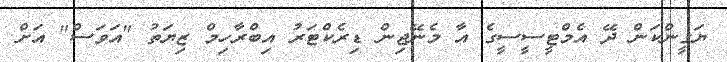
ޔަގީންކަން ދޭ އެމްޓީސީސީގެ އާ މެނޭޖިން ޑިރެކްޓަރު އިބްރާހިމް ޒިޔަތު "އަވަސް" އަށް